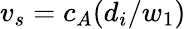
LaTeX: v_{s}=c_{A}(d_{i}/w_{1})